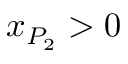
x _ { P _ { 2 } } > 0